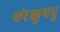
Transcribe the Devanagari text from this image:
एरेळुपदू